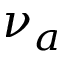
\nu _ { a }